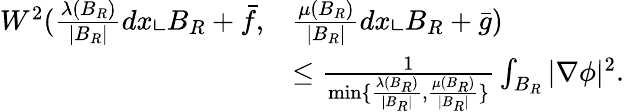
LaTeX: \begin{array}{rl}{W^{2}(\frac{\lambda(B_{R})}{|B_{R}|}dx\llcorner B_{R}+\bar{f},}&{\frac{\mu(B_{R})}{|B_{R}|}dx\llcorner B_{R}+\bar{g})}\\ &{\le\frac{1}{\operatorname*{min}\{ \frac{\lambda(B_{R})}{|B_{R}|},\frac{\mu(B_{R})}{|B_{R}|}\} }\int_{B_{R}}|\nabla\phi|^{2}.}\end{array}